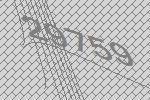
29759